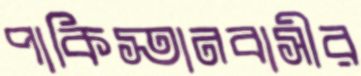
পাকিস্তানবাসীর